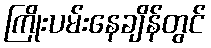
ကြိုးပမ်းနေချိန်တွင်